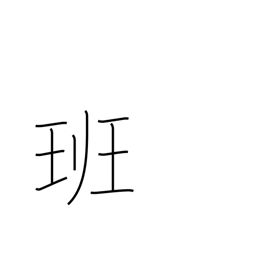
Meaning: squad